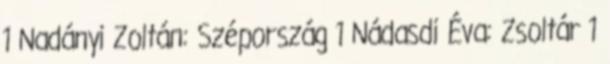
1 Nadányi Zoltán: Szépország 1 Nádasdi Éva: Zsoltár 1